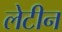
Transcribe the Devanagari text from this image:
लेटीन